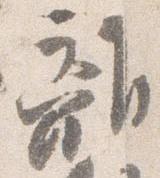
離